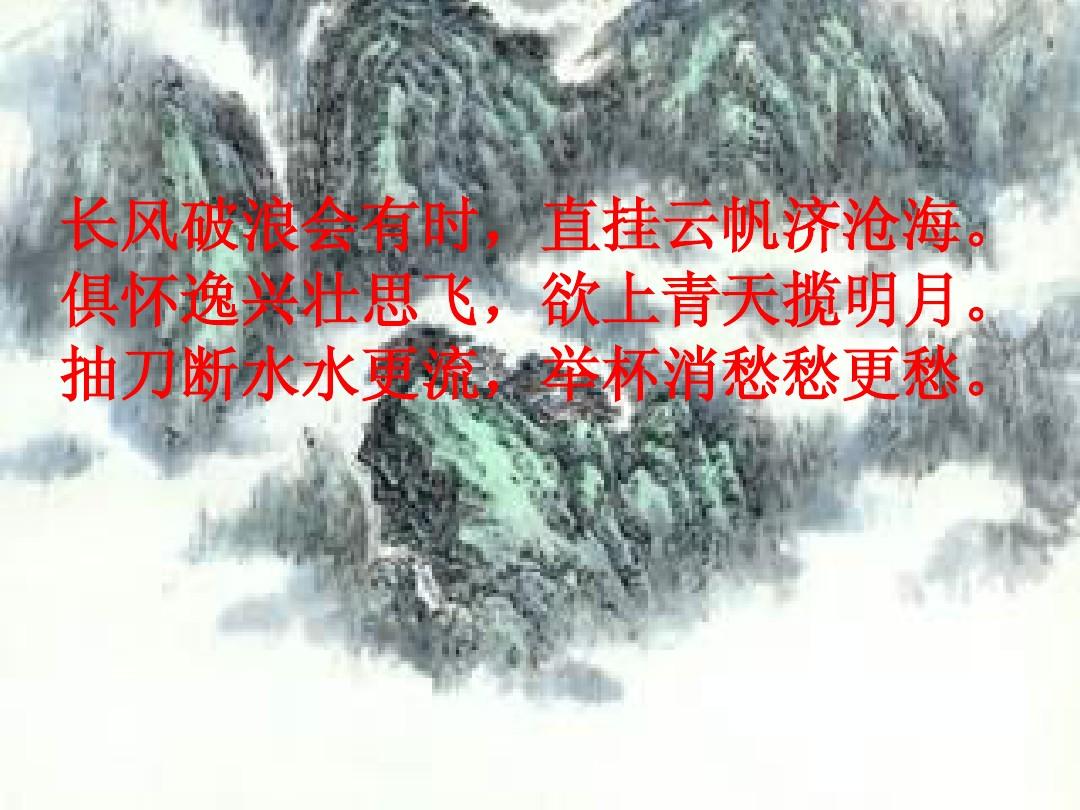
俱怀逸兴壮思飞，欲上青天揽明月。